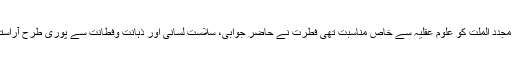
حضرت مجدد الملت کو علوم عقلیہ سے خاص مناسبت تھی فطرت نے حاضر جوابی، سلاست لسانی اور ذہانت وفطانت سے پوری طرح آراستہ کیا تھا۔